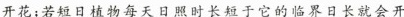
开花；若短日植物每天日照时长短于它的临界日长就会开